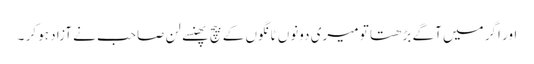
اور اگر میں آگے بڑھتا تو میری دونوں ٹانگوں کے بیچ پھنسے لن صاحب نے آزاد ہو کر ۔